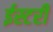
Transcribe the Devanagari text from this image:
ईस्टरी